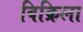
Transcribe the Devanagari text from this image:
विक्रिला